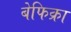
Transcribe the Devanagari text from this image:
बेफिक्रा